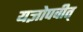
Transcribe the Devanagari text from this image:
यज्ञोपवीत्